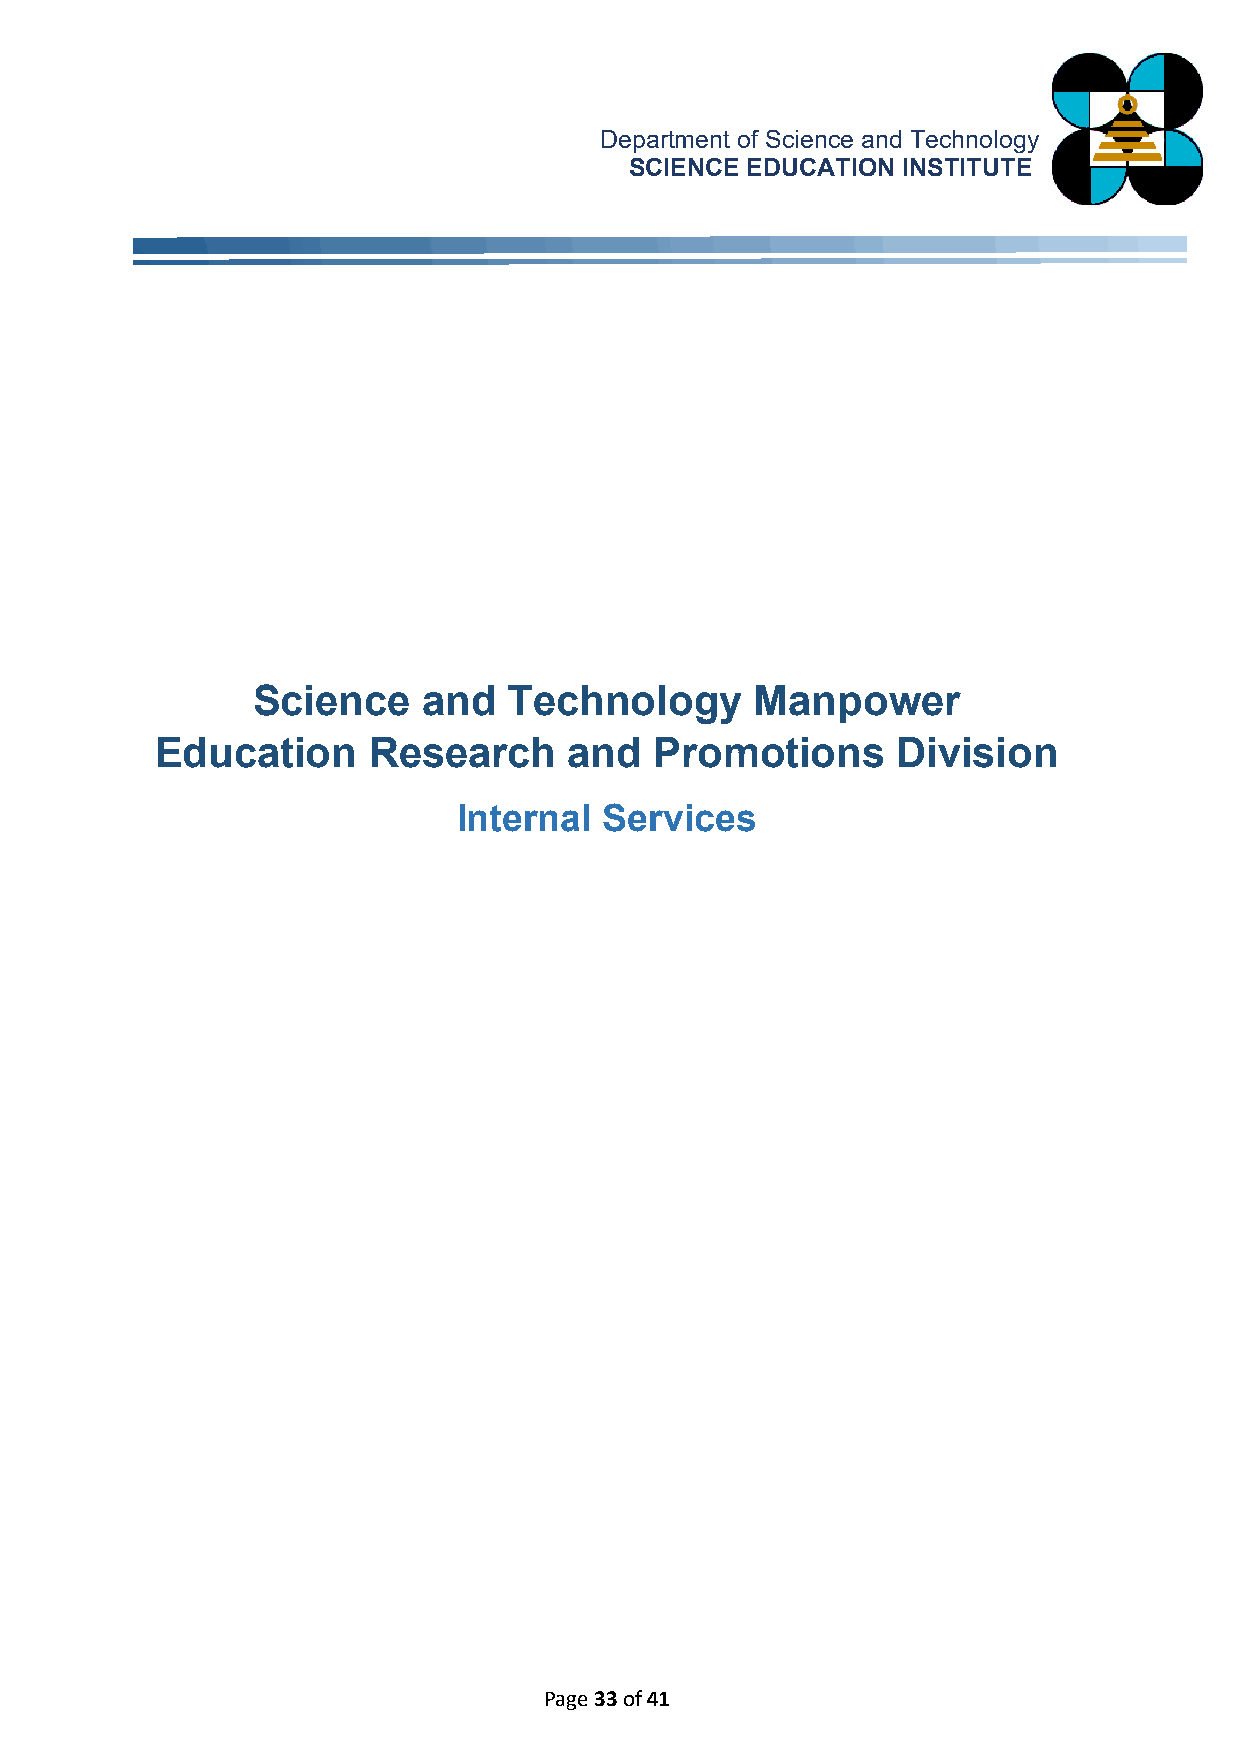
Department of Science and Technology
 SCIENCE EDUCATION INSTITUTE
 Science    and   Technology      Manpower
 Education     Research      and  Promotions      Division
 Internal  Services
 Page 33 of 41